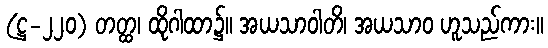
(ဋ္ဌ-၂၂၀) တတ္ထ၊ ထိုဂါထာ၌။ အယသာဝါတိ၊ အယသာဝ ဟူသည်ကား။